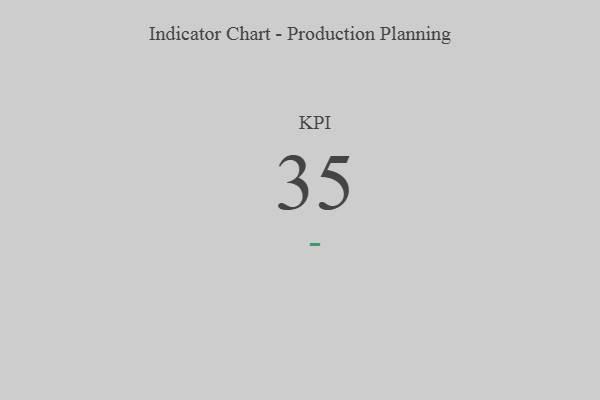
{"axis": {"x": "KPI", "y": "Value"}, "legend": [""], "data": [{"x": "KPI", "y": 35, "type": ""}]}